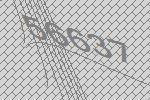
56637